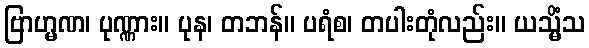
ဗြာဟ္မဏ၊ ပုဏ္ဏား။ ပုန၊ တဘန်။ ပရံစ၊ တပါးတုံလည်း။ ယသ္မိံသ